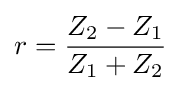
r={Z_{2}-Z_{1} \over Z_{1}+Z_{2}}